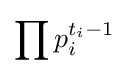
\prod p_{i}^{t_{i}-1}